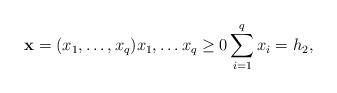
LaTeX: \begin{align*} \mathbf{x}=(x_1, \dots , x_q) x_1, \dots x_q \geq 0 \sum_{i=1}^q x_i = h_2, \end{align*}